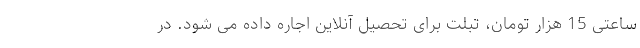
ساعتی 15 هزار تومان، تبلت برای تحصیل آنلاین اجاره داده می شود. در